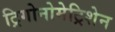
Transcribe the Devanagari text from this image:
ट्रिगोनोमेट्रिशेन